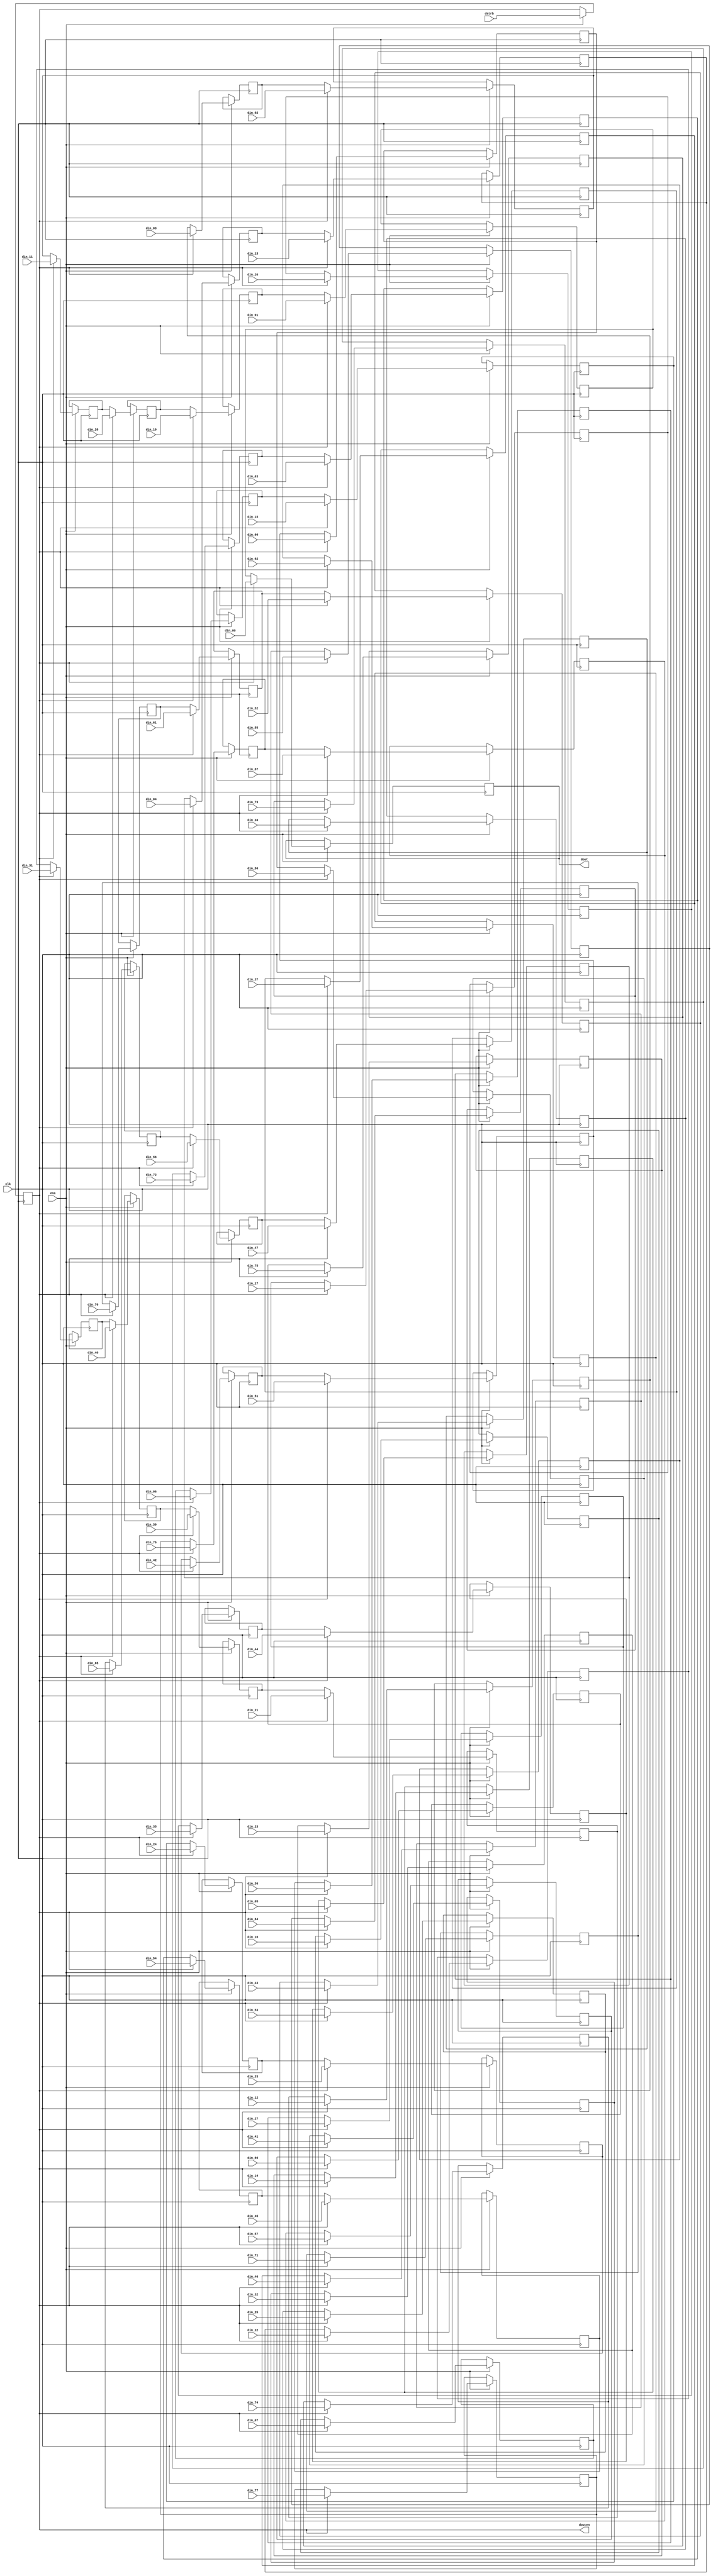
module zigzag(
	clk,
	ena,
	dstrb,
	din_00, din_01, din_02, din_03, din_04, din_05, din_06, din_07,
	din_10, din_11, din_12, din_13, din_14, din_15, din_16, din_17,
	din_20, din_21, din_22, din_23, din_24, din_25, din_26, din_27,
	din_30, din_31, din_32, din_33, din_34, din_35, din_36, din_37,
	din_40, din_41, din_42, din_43, din_44, din_45, din_46, din_47,
	din_50, din_51, din_52, din_53, din_54, din_55, din_56, din_57,
	din_60, din_61, din_62, din_63, din_64, din_65, din_66, din_67,
	din_70, din_71, din_72, din_73, din_74, din_75, din_76, din_77,
	dout,
	douten
);

	//
	// inputs & outputs
	//

	input clk;                    // system clock
	input ena;                    // clock enable

	input dstrb;                  // data-strobe. Present dstrb 1clk-cycle before data block
	input [11:0]
		din_00, din_01, din_02, din_03, din_04, din_05, din_06, din_07,
		din_10, din_11, din_12, din_13, din_14, din_15, din_16, din_17,
		din_20, din_21, din_22, din_23, din_24, din_25, din_26, din_27,
		din_30, din_31, din_32, din_33, din_34, din_35, din_36, din_37,
		din_40, din_41, din_42, din_43, din_44, din_45, din_46, din_47,
		din_50, din_51, din_52, din_53, din_54, din_55, din_56, din_57,
		din_60, din_61, din_62, din_63, din_64, din_65, din_66, din_67,
		din_70, din_71, din_72, din_73, din_74, din_75, din_76, din_77;
	output [11:0] dout;
	output        douten; // data-out enable

	//
	// variables
	//

	reg ld_zigzag;
	reg [11:0] sresult [63:0]; // store results for zig-zagging

	//
	// module body
	//

	always @(posedge clk)
	  if(ena)
	    ld_zigzag <= #1 dstrb;

	assign douten = ld_zigzag;


	//
	// Generate zig-zag structure
	//
	// This implicates that the quantization step be performed after
	// the zig-zagging.
	//
	//    0: 1: 2: 3: 4: 5: 6: 7:		0: 1: 2: 3: 4: 5: 6: 7:
	// 0: 63 62 58 57 49 48 36 35		3f 3e 3a 39 31 30 24 23
	// 1: 61 59 56 50 47 37 34 21		3d 3b 38 32 2f 25 22 15
	// 2: 60 55 51 46 38 33 22 20		3c 37 33 2e 26 21 16 14
	// 3: 54 52 45 39 32 23 19 10		36 34 2d 27 20 17 13 0a
	// 4: 53 44 40 31 24 18 11 09		35 2c 28 1f 18 12 0b 09
	// 5: 43 41 30 25 17 12 08 03		2b 29 1e 19 11 0c 08 03
	// 6: 42 29 26 16 13 07 04 02		2a 1d 1a 10 0d 07 04 02
	// 7: 28 27 15 14 06 05 01 00		1c 1b 0f 0e 06 05 01 00
	//
	// zig-zag the DCT results
	integer n;

	always @(posedge clk)
	  if(ena)
	    if(ld_zigzag)   // reload results-register file
	    begin
	        sresult[63] <= #1 din_00;
	        sresult[62] <= #1 din_01;
	        sresult[61] <= #1 din_10;
	        sresult[60] <= #1 din_20;
	        sresult[59] <= #1 din_11;
	        sresult[58] <= #1 din_02;
	        sresult[57] <= #1 din_03;
	        sresult[56] <= #1 din_12;
	        sresult[55] <= #1 din_21;
	        sresult[54] <= #1 din_30;
	        sresult[53] <= #1 din_40;
	        sresult[52] <= #1 din_31;
	        sresult[51] <= #1 din_22;
	        sresult[50] <= #1 din_13;
	        sresult[49] <= #1 din_04;
	        sresult[48] <= #1 din_05;
	        sresult[47] <= #1 din_14;
	        sresult[46] <= #1 din_23;
	        sresult[45] <= #1 din_32;
	        sresult[44] <= #1 din_41;
	        sresult[43] <= #1 din_50;
	        sresult[42] <= #1 din_60;
	        sresult[41] <= #1 din_51;
	        sresult[40] <= #1 din_42;
	        sresult[39] <= #1 din_33;
	        sresult[38] <= #1 din_24;
	        sresult[37] <= #1 din_15;
	        sresult[36] <= #1 din_06;
	        sresult[35] <= #1 din_07;
	        sresult[34] <= #1 din_16;
	        sresult[33] <= #1 din_25;
	        sresult[32] <= #1 din_34;
	        sresult[31] <= #1 din_43;
	        sresult[30] <= #1 din_52;
	        sresult[29] <= #1 din_61;
	        sresult[28] <= #1 din_70;
	        sresult[27] <= #1 din_71;
	        sresult[26] <= #1 din_62;
	        sresult[25] <= #1 din_53;
	        sresult[24] <= #1 din_44;
	        sresult[23] <= #1 din_35;
	        sresult[22] <= #1 din_26;
	        sresult[21] <= #1 din_17;
	        sresult[20] <= #1 din_27;
	        sresult[19] <= #1 din_36;
	        sresult[18] <= #1 din_45;
	        sresult[17] <= #1 din_54;
	        sresult[16] <= #1 din_63;
	        sresult[15] <= #1 din_72;
	        sresult[14] <= #1 din_73;
	        sresult[13] <= #1 din_64;
	        sresult[12] <= #1 din_55;
	        sresult[11] <= #1 din_46;
	        sresult[10] <= #1 din_37;
	        sresult[09] <= #1 din_47;
	        sresult[08] <= #1 din_56;
	        sresult[07] <= #1 din_65;
	        sresult[06] <= #1 din_74;
	        sresult[05] <= #1 din_75;
	        sresult[04] <= #1 din_66;
	        sresult[03] <= #1 din_57;
	        sresult[02] <= #1 din_67;
	        sresult[01] <= #1 din_76;
	        sresult[00] <= #1 din_77;
	    end
	  else       // shift results out
	    for (n=1; n<=63; n=n+1) // do not change sresult[0]
	       sresult[n] <= #1 sresult[n -1];

	assign dout = sresult[63];
endmodule